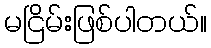
မငြိမ်းဖြစ်ပါတယ်။